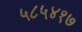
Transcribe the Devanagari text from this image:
५८५४१७